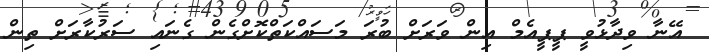
އޭނާ ވިދާޅުވީ ޕީޕީއެމް އިން ވަރަށް ބުރަ މަސައްކަތްކޮށްގެން ގެނައި ސަރުކާރަށް ތިން